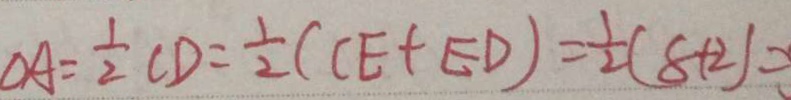
O A = \frac { 1 } { 2 } C D = \frac { 1 } { 2 } ( C E + E D ) = \frac { 1 } { 2 } ( 8 + 2 )